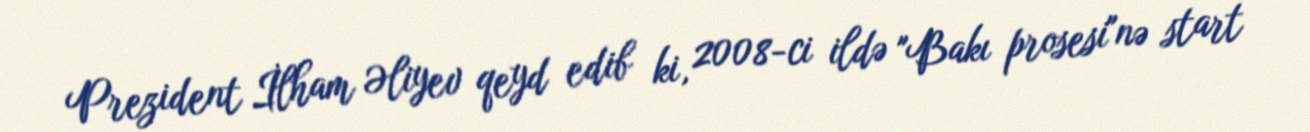
Prezident İlham Əliyev qeyd edib ki, 2008-ci ildə "Bakı prosesi"nə start